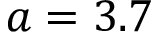
a = 3 . 7